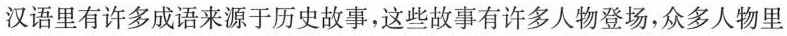
汉语里有许多成语来源于历史故事，这些故事有许多人物登场，众多人物里